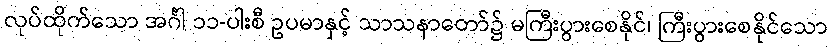
လုပ်ထိုက်သော အင်္ဂါ ၁၁-ပါးစီ ဥပမာနှင့် သာသနာတော်၌ မကြီးပွားစေနိုင်၊ ကြီးပွားစေနိုင်သော